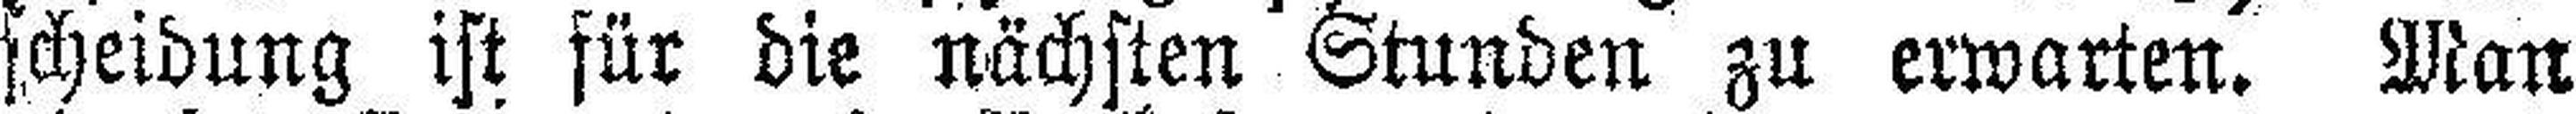
scheidung ist für die nächsten Stunden zu erwarten. Man